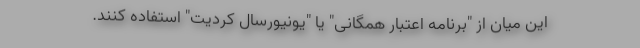
این میان از "برنامه اعتبار همگانی" یا "یونیورسال کردیت" استفاده کنند.